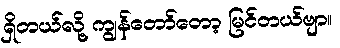
ရှိတယ်လို့ ကျွန်တော်တော့ မြင်တယ်ဗျာ။